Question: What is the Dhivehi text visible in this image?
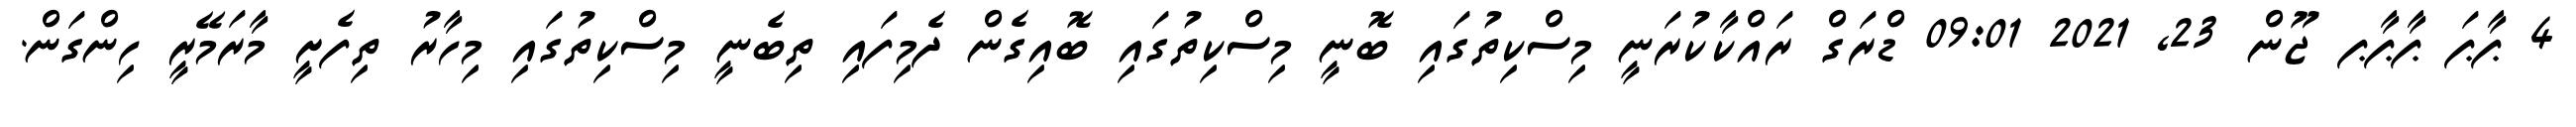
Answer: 4 ޕާޕަ ޕާޕާޕ ޖޫން 23, 2021 09:01 ޑްރަގް ރައްކާކުރަނީ މިސްކިތުގައި ބޮނީ މިސްކިތުގައި ބޮއިގެން ދެމިފައި ތިބެނީ މިސްކިތުގައި މިހާރު ތިފެށީ މާރަމޭރީ ހިންގަން.